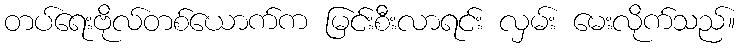
တပ်ရေးဗိုလ်တစ်ယောက်က မြင်းစီးလာရင်း လှမ်း မေးလိုက်သည်။